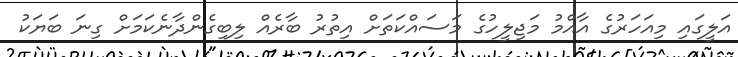
އަލީގައި މިއަހަރުގެ އާއްމު މަޖިލީހުގެ މަސައްކަތަށް އިތުރު ބާރެއް ލިބިގެންދާނެކަމަށް ގިނަ ބަޔަކު